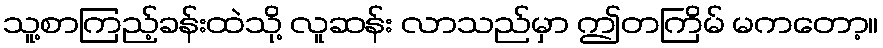
သူ့စာကြည့်ခန်းထဲသို့ လူဆန်း လာသည်မှာ ဤတကြိမ် မကတော့။